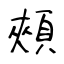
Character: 頰